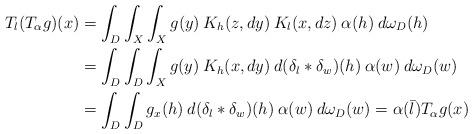
LaTeX: \begin{align*}T_l(T_{\alpha}g)(x)&= \int_D\int_X\int_X g(y)\> K_h(z,dy)\> K_l(x,dz)\> \alpha(h) \> d\omega_D(h)\\&= \int_D\int_D\int_X g(y)\> K_h(x,dy) \> d(\delta_l*\delta_w)(h)\> \alpha(w)\> d\omega_D(w) \\&=\int_D\int_D g_x(h)\> d(\delta_l*\delta_w)(h) \> \alpha(w) \> d\omega_D(w)=\alpha(\bar l)T_\alpha g(x)\end{align*}